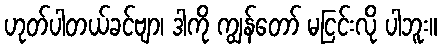
ဟုတ်ပါတယ်ခင်ဗျာ၊ ဒါကို ကျွန်တော် မငြင်းလို ပါဘူး။